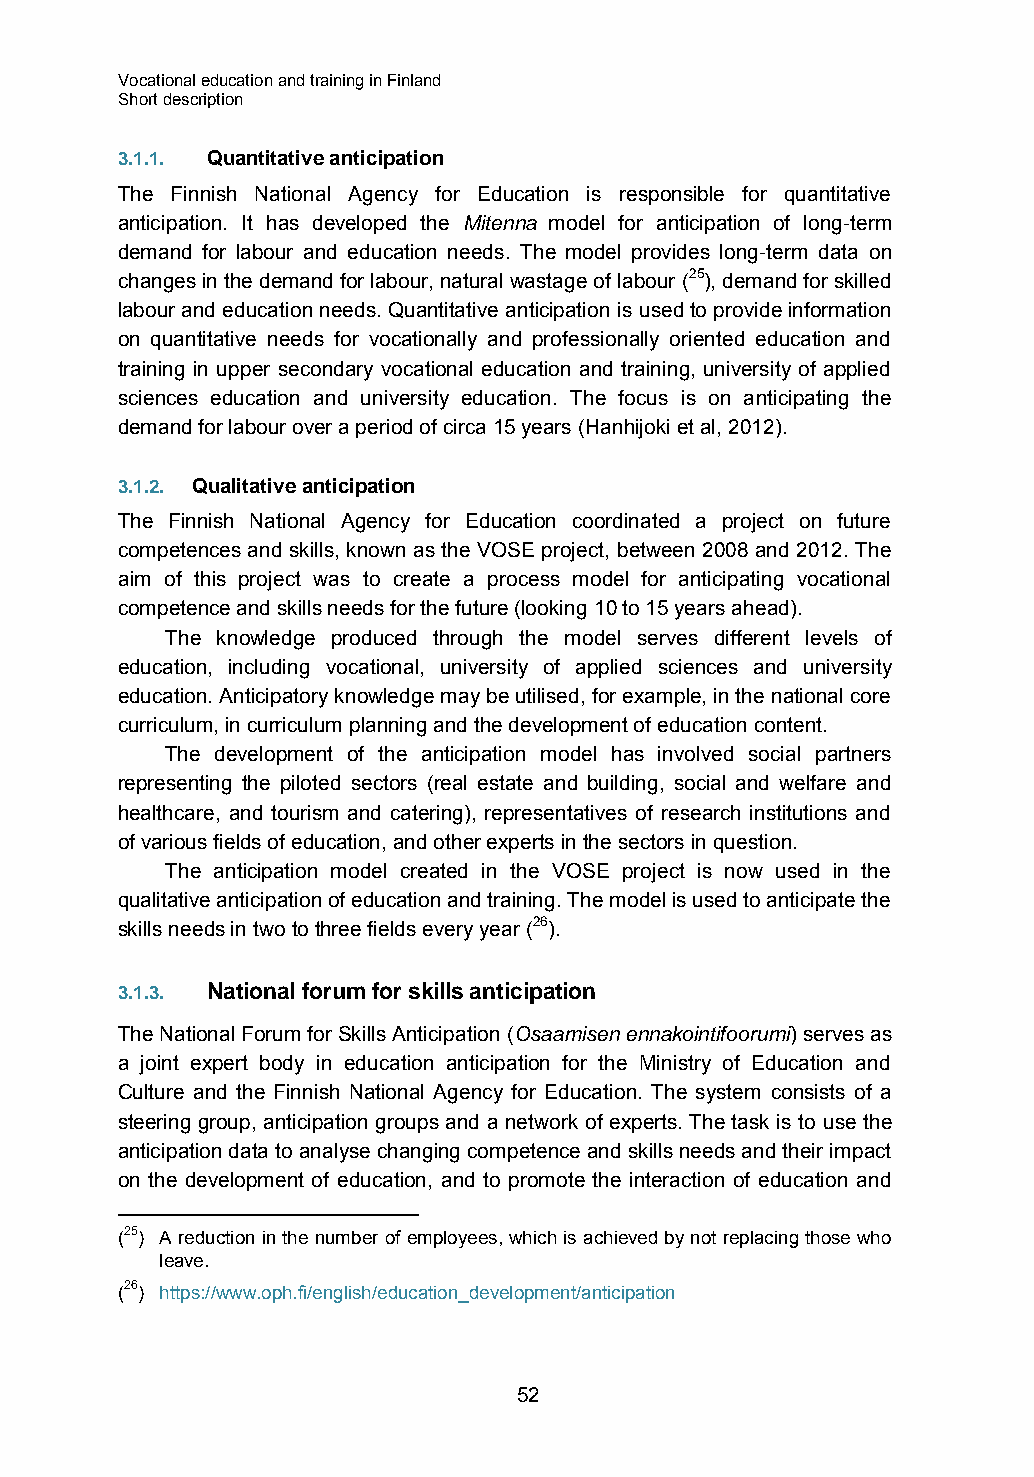
Vocational education and training in Finland
 Short description
 3.1.1. Quantitative anticipation
 The Finnish National Agency for Education is responsible for quantitative
 anticipation. It has developed the Mitenna model for anticipation of long-term
 demand for labour and education needs. The model provides long-term data on
 changes in the demand for labour, natural wastage of labour (25), demand for skilled
 labour and education needs. Quantitative anticipation is used to provide information
 on quantitative needs for vocationally and professionally oriented education and
 training in upper secondary vocational education and training, university of applied
 sciences education and university education. The focus is on anticipating the
 demand for labour over a period of circa 15 years (Hanhijoki et al, 2012).
 3.1.2. Qualitative anticipation
 The Finnish National Agency for Education coordinated a project on future
 competences and skills, known as the VOSE project, between 2008 and 2012. The
 aim of this project was to create a process model for anticipating vocational
 competence and skills needs for the future (looking 10 to 15 years ahead).
 The knowledge produced through the model serves different levels of
 education, including vocational, university of applied sciences and university
 education. Anticipatory knowledge may be utilised, for example, in the national core
 curriculum, in curriculum planning and the development of education content.
 The development of the anticipation model has involved social partners
 representing the piloted sectors (real estate and building, social and welfare and
 healthcare, and tourism and catering), representatives of research institutions and
 of various fields of education, and other experts in the sectors in question.
 The anticipation model created in the VOSE project is now used in the
 qualitative anticipation of education and training. The model is used to anticipate the
 skills needs in two to three fields every year (26).
 3.1.3. National forum for skills anticipation
 The National Forum for Skills Anticipation (Osaamisen ennakointifoorumi) serves as
 a joint expert body in education anticipation for the Ministry of Education and
 Culture and the Finnish National Agency for Education. The system consists of a
 steering group, anticipation groups and a network of experts. The task is to use the
 anticipation data to analyse changing competence and skills needs and their impact
 on the development of education, and to promote the interaction of education and
 (25) A reduction in the number of employees, which is achieved by not replacing those who
 leave.
 (26) https://www.oph.fi/english/education_development/anticipation
 52